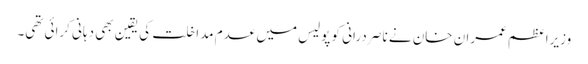
وزیراعظم عمران خان نے ناصر درانی کو پولیس میں عدم مداخلت کی یقین بھی دہانی کرائی تھی۔